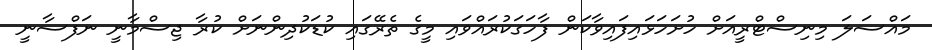
މައްސަލަ މިނިސްޓްރީއަށް ހުށަހަޅައިފައިވާކަން ފާހަގަކުރައްވައި މީގެ ތެރޭގައި ކުޑަކުދިންނަށް ކުރާ ޖިސްމާނީ ނަފްސާނީ